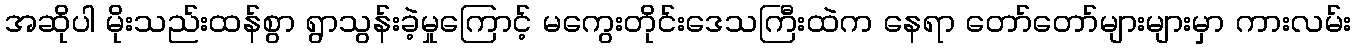
အဆိုပါ မိုးသည်းထန်စွာ ရွာသွန်းခဲ့မှုကြောင့် မကွေးတိုင်းဒေသကြီးထဲက နေရာ တော်တော်များများမှာ ကားလမ်း